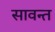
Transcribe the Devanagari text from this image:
सावन्‍त